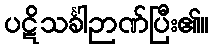
ပဋိသင်္ခါဉာဏ်ပြီး၏။